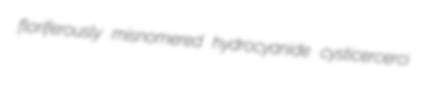
floriferously misnomered hydrocyanide cysticercerci